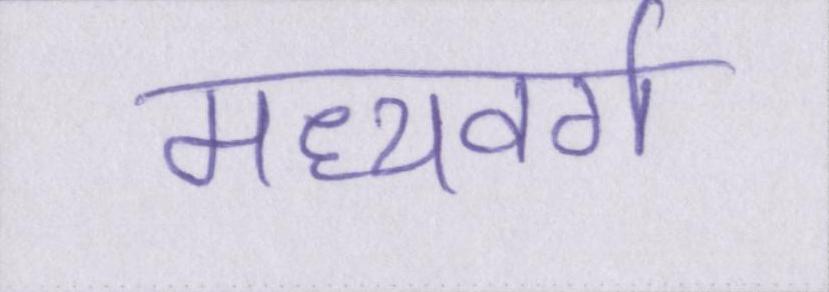
मध्यवर्ग